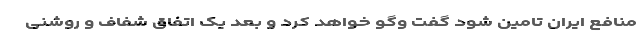
منافع ایران تامین شود گفت وگو خواهد کرد و بعد یک اتفاق شفاف و روشنی